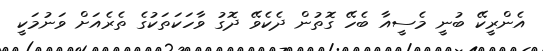
އެންރީކޭ ބުނީ މެސީއާ ބެހޭ ގޮތުން ދެކެވޭ ދޮގު ވާހަކަތަކުގެ ތެރެއަށް ވަނުމަކީ